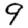
Digit: 9